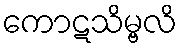
ကောဋသိမ္ဗလိ